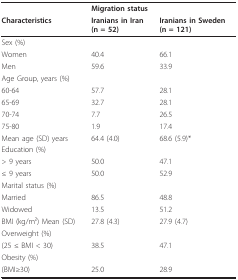
|  | <COLSPAN=2> Migration status |
 | Characteristics | Iranians in Iran(n = 52) | Iranians in Sweden(n = 121) |
 | --- | --- | --- |
 | Sex (%) |  |  |
 | Women | 40.4 | 66.1 |
 | Men | 59.6 | 33.9 |
 | Age Group, years (%) |  |  |
 | 60-64 | 57.7 | 28.1 |
 | 65-69 | 32.7 | 28.1 |
 | 70-74 | 7.7 | 26.5 |
 | 75-80 | 1.9 | 17.4 |
 | Mean age (SD) years | 64.4 (4.0) | 68.6 (5.9)* |
 | Education (%) |  |  |
 | > 9 years | 50.0 | 47.1 |
 | ≤ 9 years | 50.0 | 52.9 |
 | Marital status (%) |  |  |
 | Married | 86.5 | 48.8 |
 | Widowed | 13.5 | 51.2 |
 | BMI (kg/m2) Mean (SD) | 27.8 (4.3) | 27.9 (4.7) |
 | Overweight (%) |  |  |
 | (25 ≤ BMI < 30) | 38.5 | 47.1 |
 | Obesity (%) |  |  |
 | (BMI≥30) | 25.0 | 28.9 |